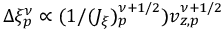
\Delta \xi _ { p } ^ { \nu } \propto ( 1 / ( J _ { \xi } ) _ { p } ^ { \nu + 1 / 2 } ) v _ { z , p } ^ { \nu + 1 / 2 }